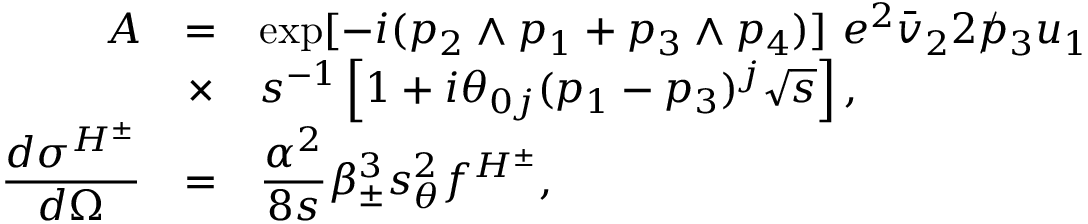
\begin{array} { r c l } { { { \cal A } } } & { { = } } & { { \displaystyle \exp [ - i ( p _ { 2 } \wedge p _ { 1 } + p _ { 3 } \wedge p _ { 4 } ) ] ~ e ^ { 2 } \bar { v } _ { 2 } 2 \rlap / p _ { 3 } u _ { 1 } } } \\ { { } } & { { \times } } & { { \displaystyle s ^ { - 1 } \left[ 1 + i \theta _ { 0 j } ( p _ { 1 } - p _ { 3 } ) ^ { j } \sqrt { s } \right] , } } \\ { { \displaystyle \frac { d \sigma ^ { H ^ { \pm } } } { d \Omega } } } & { { = } } & { { \displaystyle \frac { \alpha ^ { 2 } } { 8 s } \beta _ { \pm } ^ { 3 } s _ { \theta } ^ { 2 } f ^ { H ^ { \pm } } , } } \end{array}